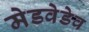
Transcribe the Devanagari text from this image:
मेडवेडेव